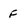
Character: f